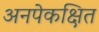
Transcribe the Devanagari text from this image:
अनपेकक्षित